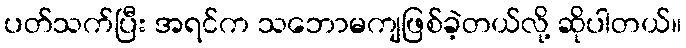
ပတ်သက်ပြီး အရင်က သဘောမကျဖြစ်ခဲ့တယ်လို့ ဆိုပါတယ်။